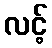
လင့်